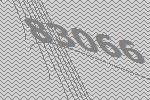
83066